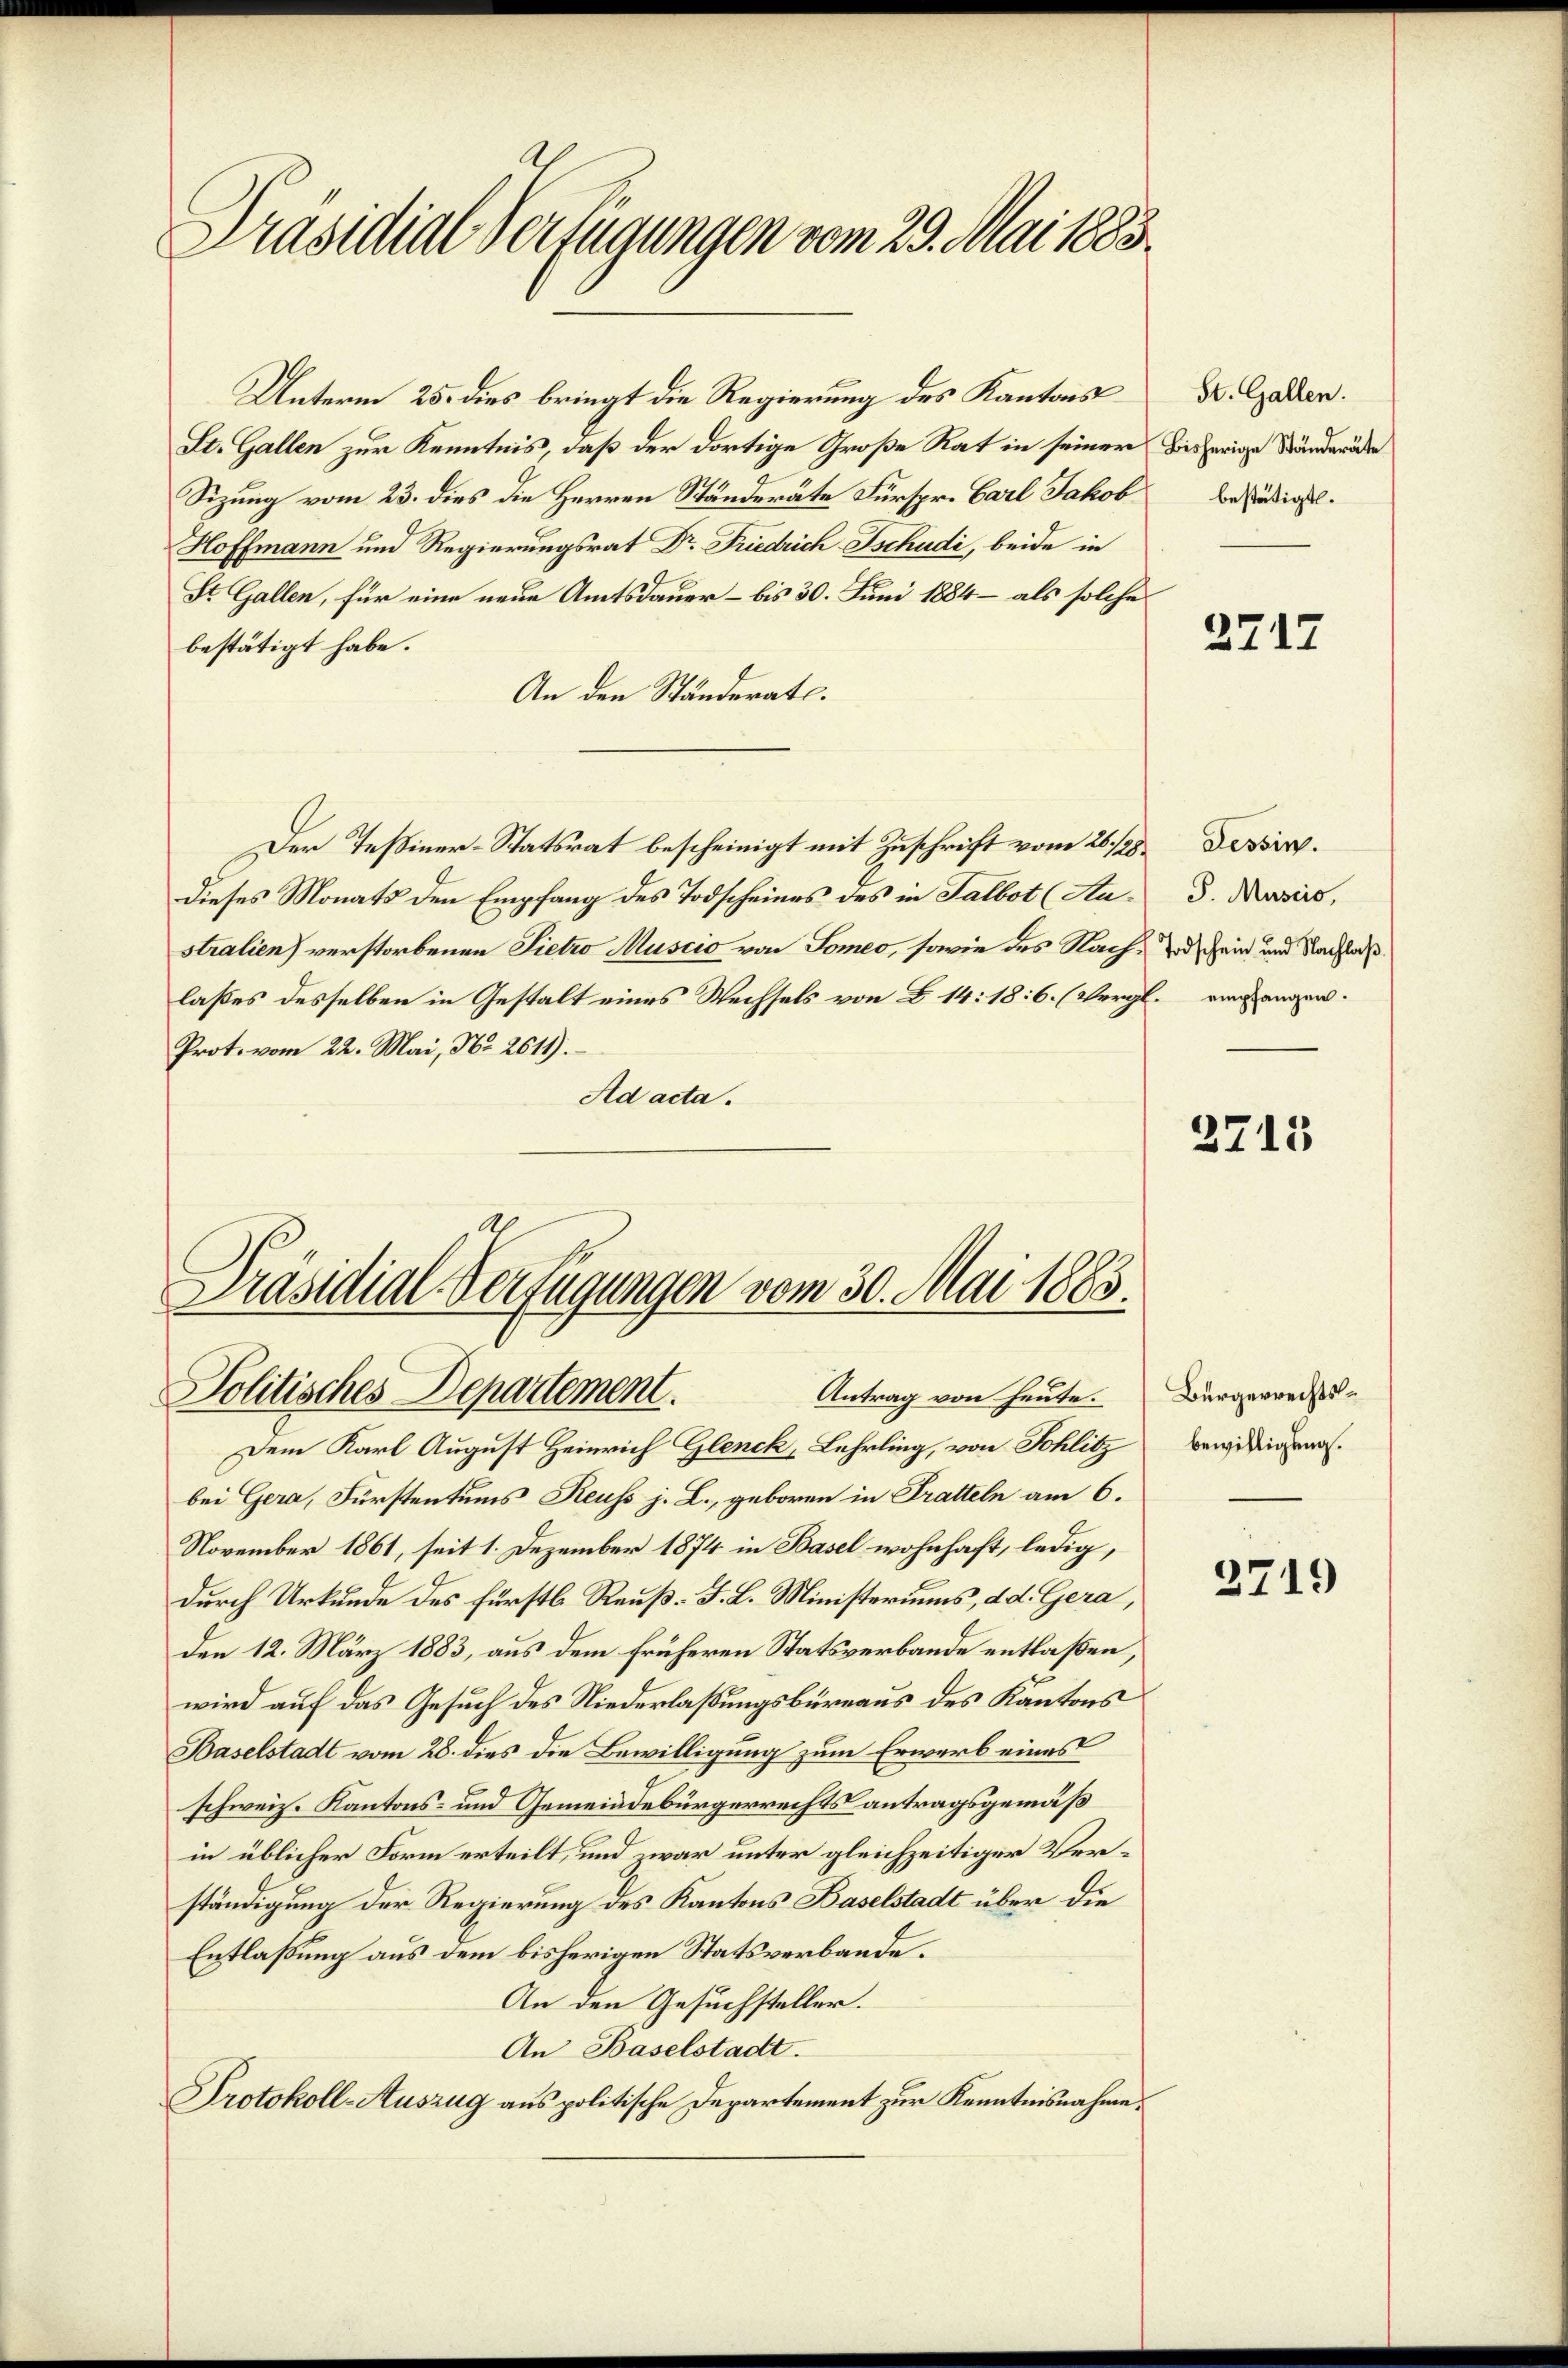
Präsidial-Verfügungen vom 29. Mai 1883.

Unterm 25. dies bringt die Regierung des Kantons
St. Gallen zur Kenntnis, daß der dortige Große Rat in seiner bisherige Bänderäte
Sizung vom 23. dies die Herren Ständeräte Fürspr. Carl Jakob
Hoffmann und Regierungsrat Dr. Friedrich schudi, beide in
St. Gallen, für eine neue Amtsdauer – bis 30. Juni 1884 – als solche
bestätigt habe.
An den Ständerats.
Der Teßiner-Statsrat bescheinigt mit Zuschrift vom 26. 28.
dieses Monats den Empfang des Todscheines des in Talbot (Australien) verstorbenen Pietro Muscio von Someo, sowie des Nachlaßes desselben in Gestalt eines Wechsels von B. 14: 18: 6. (Vergl. eingangen.
Prot. vom 22. Mai, No. 2611).
Ad acta.

Präsidial-Verfügungen vom 30. Mai 1883.
Politisches Departement.
Antrag von heute.

Dem Karl August Heinrich Glenck, Lehrling, von Schlitz
bei Gera, Fürstentums Reuss j. L., geboren in Tratteln am 6.
November 1861, seit 1. Dezember 1874 in Basel wohnhaft, ledig,
durch Urkunde des fürstl. Reuß-F. L. Ministeriums, d. d. Gera,
Den 12. März 1883, aus dem früheren Statsverbande entlaßen,
wird auf das Gesuch des Niederlaßungsbüreaus des Kantons
Baselstadt vom 28. dies die Bewilligung zum Erwarb eines
schweiz. Kantons- und Gemeindebürgerrechts antragsgemäß
in üblicher Form erteilt, und war unter gleichzeitiger Verständigung der Regierung des Kantons Baselstadt über die
Entlaßung aus dem bisherigen Statsverbande.
An den Gesuchsteller.
An Baselstadt.
Protokoll-Auszug aus politische Departement zur Kenntnisnahme.

St. Gallen.
bestätigt.

2717

Tessin.
P. Muscio,
Todschein und Nachlaß

2715

Bürgerrechtsbewilligung.

2719